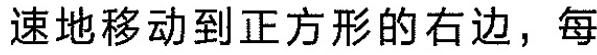
速地移动到正方形的右边，每